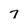
Character: 7